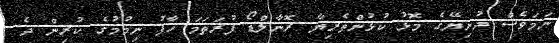
ނަމަވެސް ދުނިޔޭގެ މޮޅު ކުޅުންތެރިޔާ ރޮނާލްޑޯ ފުރަތަމަ ހާފު ނިމުމުގެ ކުރިން ދެ